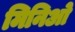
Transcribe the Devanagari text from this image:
मिनिओ